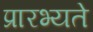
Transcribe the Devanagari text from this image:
प्रारभ्यते